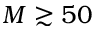
M \gtrsim 5 0